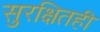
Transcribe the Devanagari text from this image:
सुरक्षितही